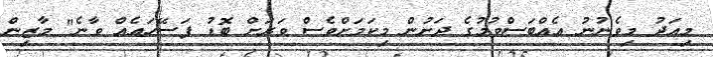
މިއަދު މިވެނުނު އެއްބަސްވުމުގެ ދަށުން މިކަމަށްވެސް ވަރަށް ބޮޑު ފަސޭހައެއް ވާނެ" މާޒިން